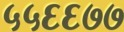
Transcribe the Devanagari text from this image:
५५६६७७